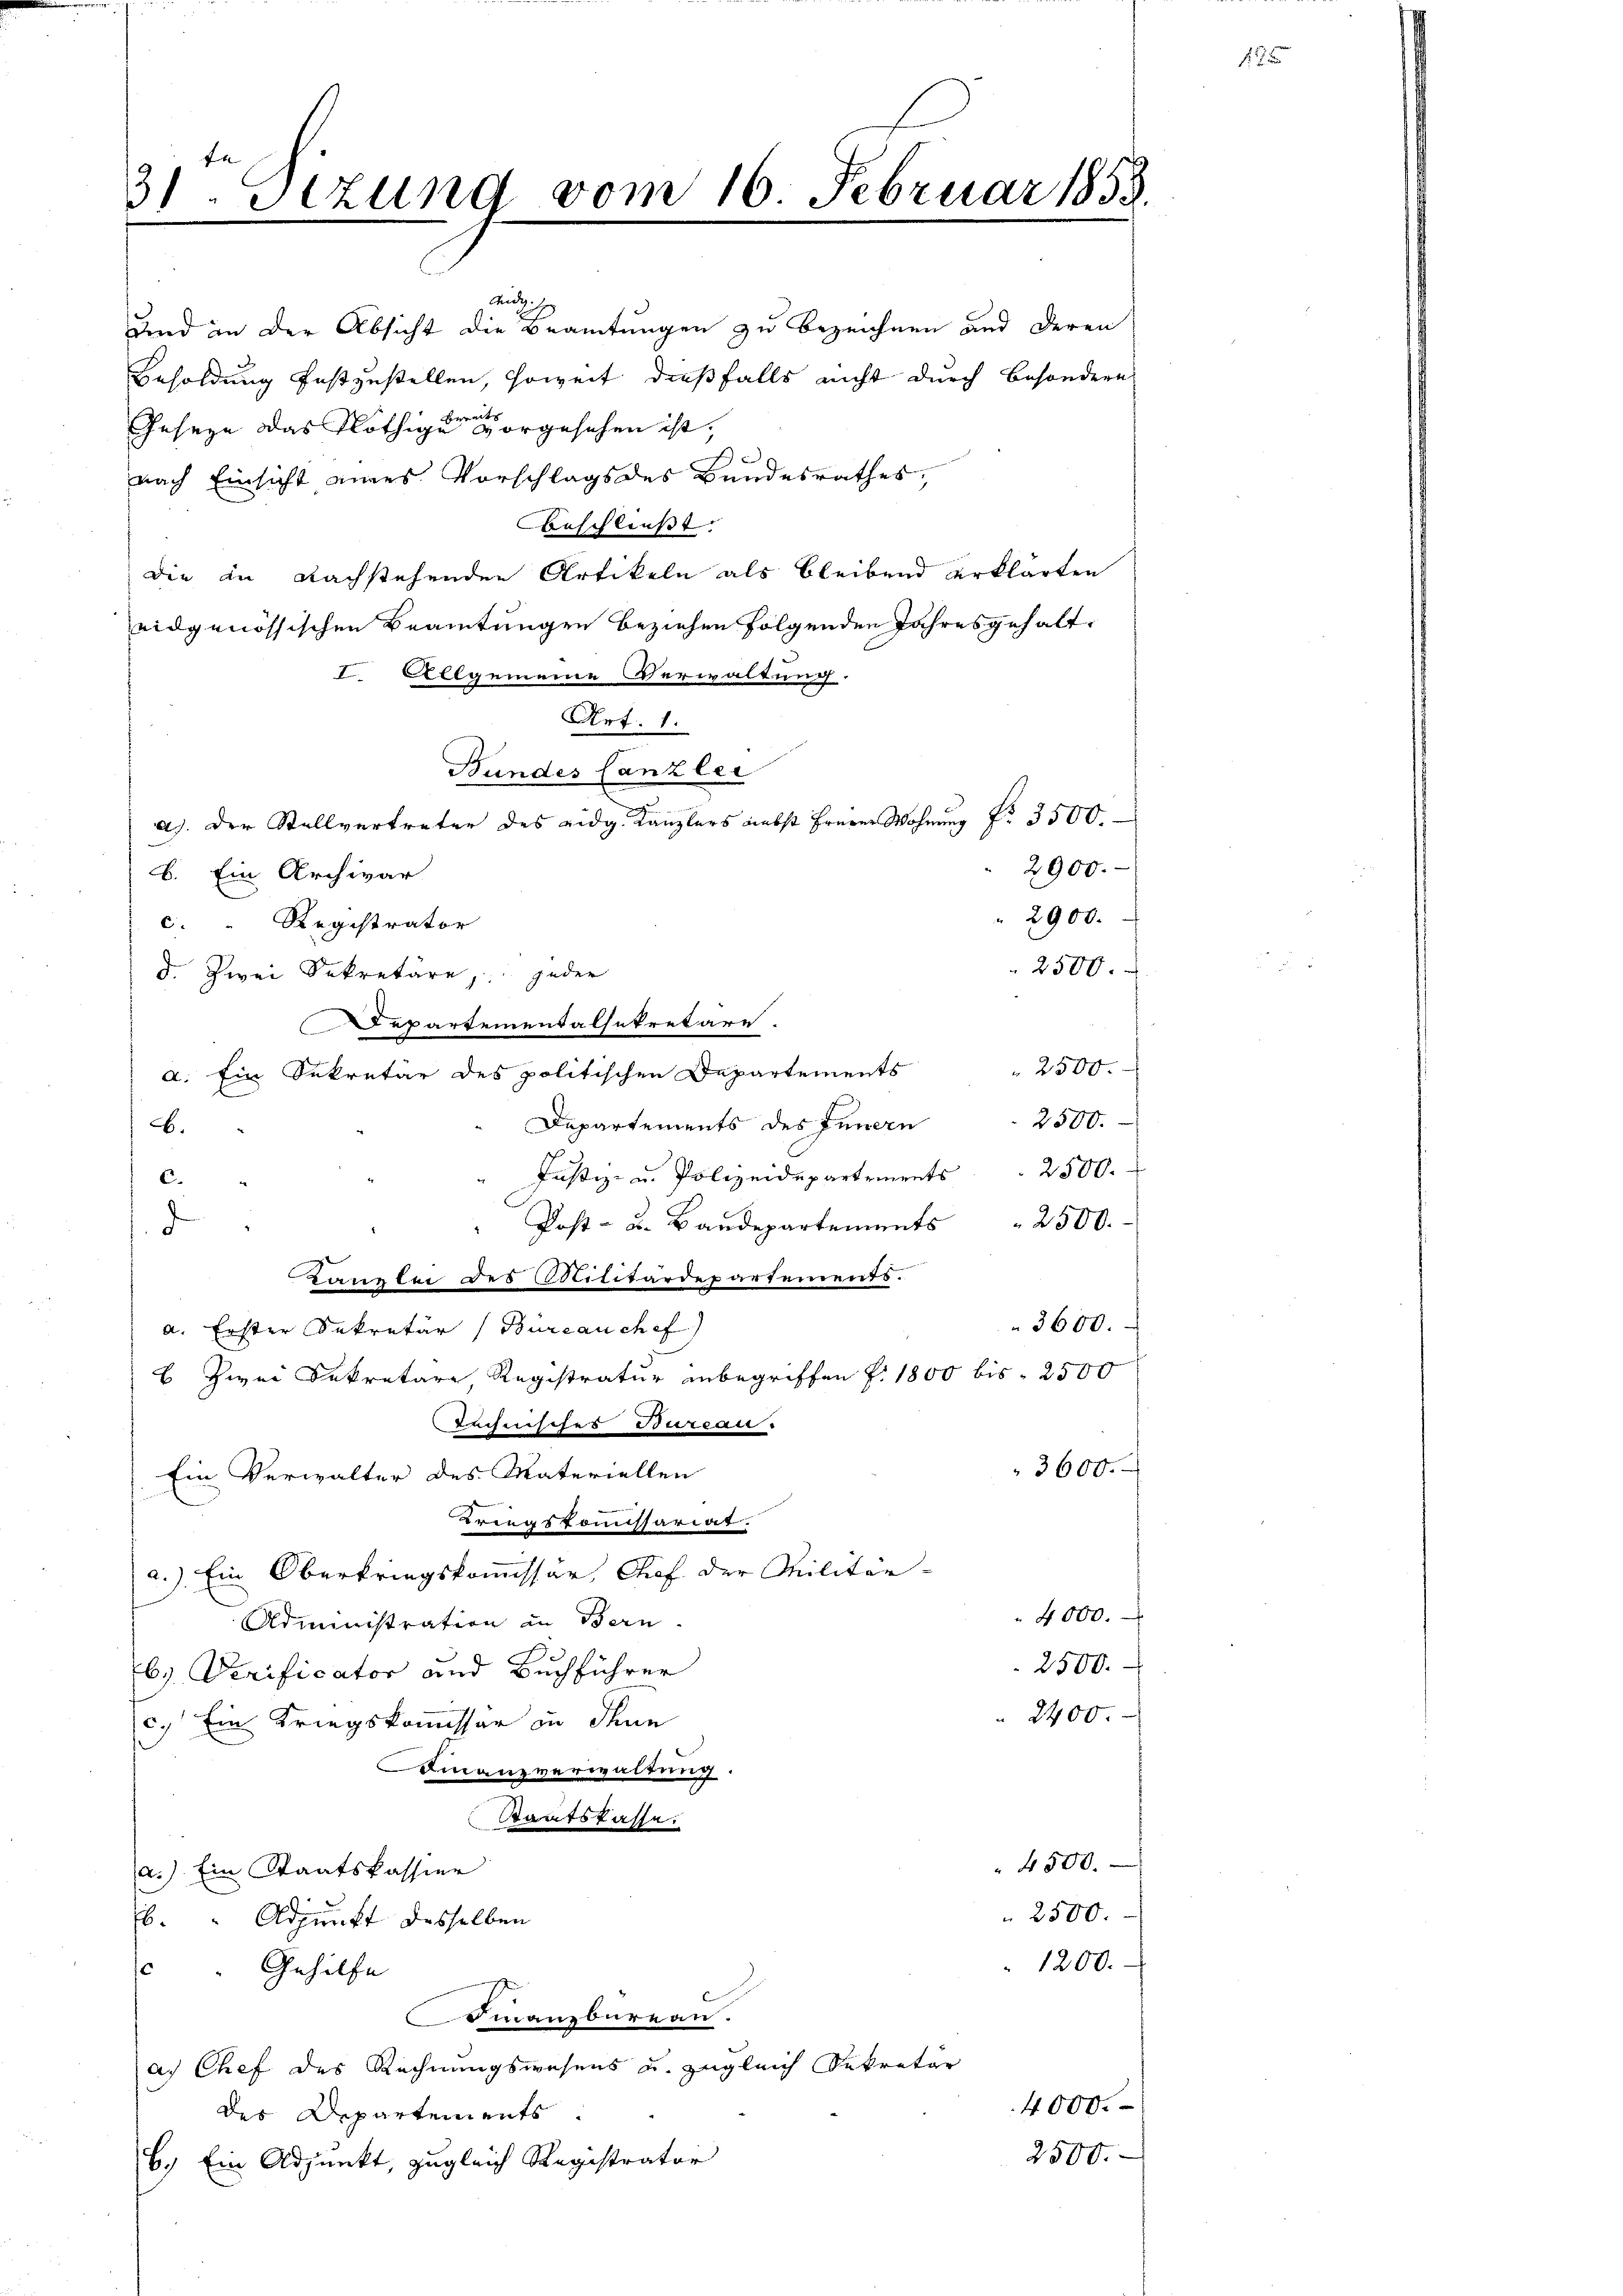
31 Stzung vom 16. Februar 1858.

Geseze das Nöthigen sorgesehen ist,
Ber
nach Einsicht eines Vorschlags des Bundesrathes,
Beschließt. |
die in Nachstehenden Artikeln als bleibend erklärten
eidgenössischen Beamtungen beziehen folgenden Jahresgehalt
I. Allgemeine Verwaltung.
Art: 1.
Bundes Canzler
a). Der Stellvertreter des eidg. Kanzlers nebst frerer Wohnŭng Nr. 3500.
2900.
b. Ein Archivar
2900.
c. " Registrator
d. Zwei Sekretäre, jeder
Departementalsekretäre
a. Ein Sekretär des politischen Departements
Dapartements des Innern
b.
Justiz- u. Polizeidepartements. 2500.
C.
Post- u. Bandepartements " 2500.
d
canzlei des Militärdepartements.
3600.
a. Erster Sekretär (Bureau chef)
E Zwei Dekretäre, Registratur inbegriffen f. 1800 bis 2500
Technisches Toureau.
3600.
Ein Verwalter des Materiellen
prings Commissariat.
a.) Ein Oberkriegskommissär, Chef der Militär-
 4000.
Administration in Bern.
2500.
b. Verificator und Buchführer
2400.
c.) Ein Kriegskommissar in denn
Finanzverwaltung.
Staatskasse.
 4500.
a.) Ein Staatskassier
2500.
b. " Adjunkt desselben
1200.
 " Gehilfe
manzbüreau.
a. Chef des Rechnungswesens und zugleich Sekretär
4000.
des Departements
2500.
6.) Ein Adjunkt, zugleich Registrator

Mitzi
und in der Absicht die Beamtungen zu bezeichnen und deren
Besoldung festzustellen, soweit dießfalls nicht durch besondern

2500.

2500.
2500.

12.